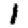
Digit: 1